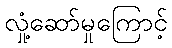
လှုံ့ဆော်မှုကြောင့်